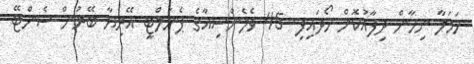
ހަމަލާ ނިހާން ދިފާއުކޮށް ހޯދައިފި. 45 ވެލެންސިއާގެ ޕެނަލްޓީ އޭރިޔާ ބޭރުން ސެންޓޭ